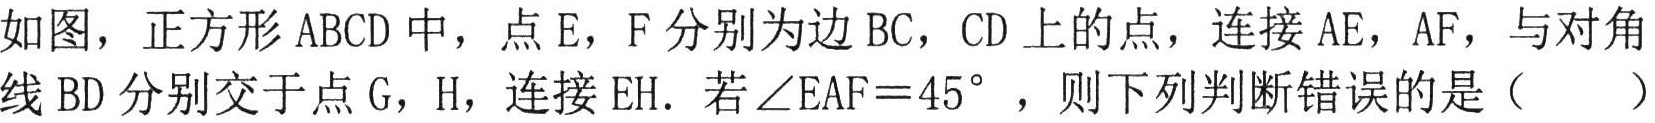
如图，正方形 \(ABCD\) 中，点 \(E\)，\(F\) 分别为边 \(BC\)，\(CD\) 上的点，连接 \(AE\)，\(AF\)，与对角线 \(BD\) 分别交于点 \(G\)，\(H\)，连接 \(EH\)．若 \(\angle EAF = 45^{\circ}\) ，则下列判断错误的是（  ）